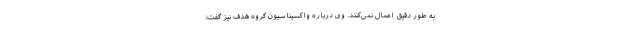
به طور دقیق اعمال نمی‌کنند. وی درباره واکسیناسیون گروه هدف نیز گفت: